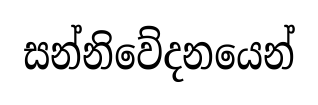
සන්නිවේදනයෙන්